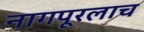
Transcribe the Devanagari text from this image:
नागपूरलाच